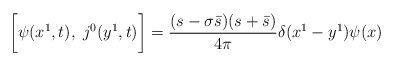
\begin{align*}\biggl[\psi(x^1, t), \;j^0(y^1,t)\biggr] = \frac{(s - \sigma \bar s)(s + \bar s)}{4 \pi} \delta(x^1 - y^1) \psi(x)\end{align*}